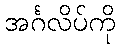
အင်္ဂလိပ်ကို